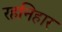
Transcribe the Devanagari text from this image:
रहनिहार